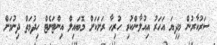
ސަރުކާރުން މިދިޔަ އަހަރު އިއުލާންކުރި ހުރިހާ ރަށަކަށް މޮބައިލް އިންޓަނެޓް ހިދުމަތް ދިނުމަށް